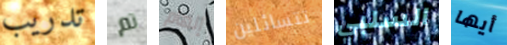
تدريب تم إلهام تتسائلين السلبي أيها